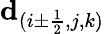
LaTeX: \mathbf{d}_{(i\pm\frac{1}{2},j,k)}